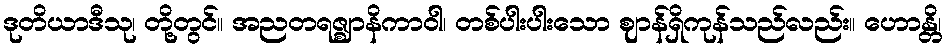
ဒုတိယာဒီသု၊ တို့တွင်။ အညတရဇ္ဈာနိကာဝါ၊ တစ်ပါးပါးသော ဈာန်ရှိကုန်သည်လည်း။ ဟောန္တိ၊